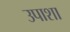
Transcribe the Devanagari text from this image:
उपाशा